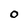
Character: 0